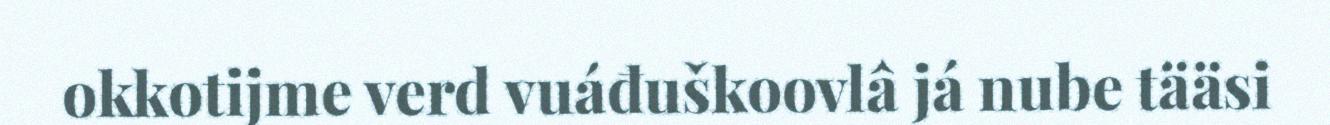
okkotijme verd vuáđuškoovlâ já nube tääsi